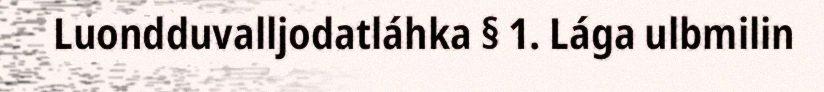
Luondduvalljodatláhka § 1. Lága ulbmilin